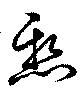
懸